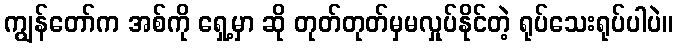
ကျွန်တော်က အစ်ကို ရှေ့မှာ ဆို တုတ်တုတ်မှမလှုပ်နိုင်တဲ့ ရုပ်သေးရုပ်ပါပဲ။